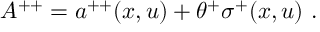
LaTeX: A ^ { + + } = a ^ { + + } ( x , u ) + \theta ^ { + } \sigma ^ { + } ( x , u ) \ .